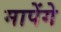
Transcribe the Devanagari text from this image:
मापेंगे